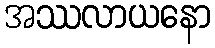
အဿလာယနော